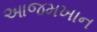
આજમખાન